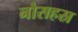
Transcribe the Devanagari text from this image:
नौसहस्र